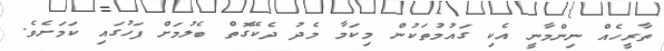
ތާރީހެއް ނިންމާނީ އެކި ގައުމުތަކުން މިކަމާ މެދު ދެކޭގޮތް ބެލުމަށް ފަހުގައި ކަމަށެވެ.